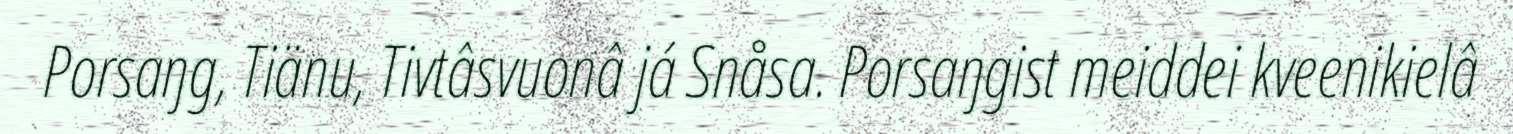
Porsaŋg, Tiänu, Tivtâsvuonâ já Snåsa. Porsaŋgist meiddei kveenikielâ